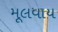
મૂલવાય